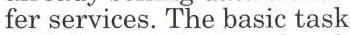
fer services. The basic task